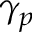
\gamma _ { p }